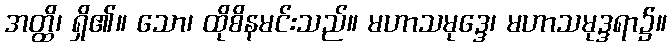
အတ္ထိ၊ ရှိ၏။ သော၊ ထိုစိနမင်းသည်။ မဟာသမုဒ္ဒေ၊ မဟာသမုဒ္ဒရာ၌။